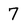
Character: 7